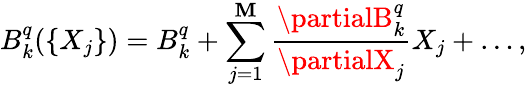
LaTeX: B_{k}^{q}(\{ X_{j}\} )=B_{k}^{q}+\sum_{j=1}^{\mathbf{M}}\frac{{\partialB_{k}^{q}}}{{\partialX_{j}}}X_{j}+\dots,